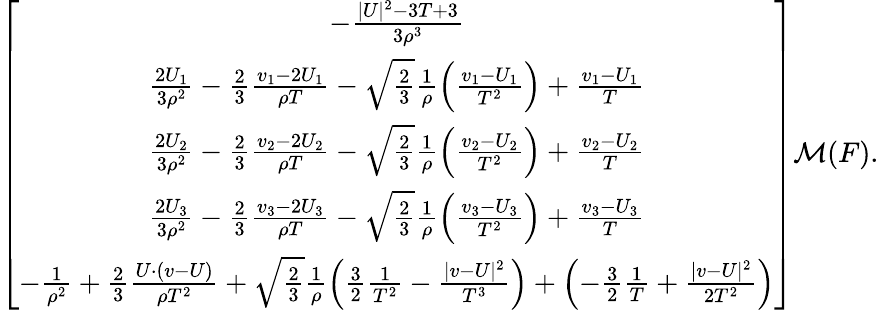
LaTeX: \begin{array}{r}{\left[{\begin{array}{c}{-\frac{|U|^{2}-3T+3}{3\rho^{3}}}\\ {\frac{2U_{1}}{3\rho^{2}}-\frac{2}{3}\frac{v_{1}-2U_{1}}{\rho T}-\sqrt{\frac{2}{3}}\frac{1}{\rho}\left(\frac{v_{1}-U_{1}}{T^{2}}\right)+\frac{v_{1}-U_{1}}{T}}\\ {\frac{2U_{2}}{3\rho^{2}}-\frac{2}{3}\frac{v_{2}-2U_{2}}{\rho T}-\sqrt{\frac{2}{3}}\frac{1}{\rho}\left(\frac{v_{2}-U_{2}}{T^{2}}\right)+\frac{v_{2}-U_{2}}{T}}\\ {\frac{2U_{3}}{3\rho^{2}}-\frac{2}{3}\frac{v_{3}-2U_{3}}{\rho T}-\sqrt{\frac{2}{3}}\frac{1}{\rho}\left(\frac{v_{3}-U_{3}}{T^{2}}\right)+\frac{v_{3}-U_{3}}{T}}\\ {-\frac{1}{\rho^{2}}+\frac{2}{3}\frac{U\cdot(v-U)}{\rho T^{2}}+\sqrt{\frac{2}{3}}\frac{1}{\rho}\left(\frac{3}{2}\frac{1}{T^{2}}-\frac{|v-U|^{2}}{T^{3}}\right)+\left(-\frac{3}{2}\frac{1}{T}+\frac{|v-U|^{2}}{2T^{2}}\right)}\end{array}}\right]\mathcal{M}(F).}\end{array}